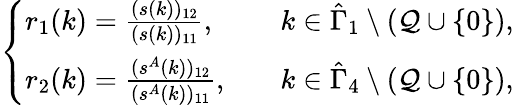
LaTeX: \begin{array}{r}{\left\{ \begin{array}{ll}{r_{1}(k)=\frac{(s(k))_{12}}{(s(k))_{11}},}&{k\in\hat{\Gamma}_{1}\setminus(\mathcal{Q}\cup\{ 0\} ),}\\ {r_{2}(k)=\frac{(s^{A}(k))_{12}}{(s^{A}(k))_{11}},\quad}&{k\in\hat{\Gamma}_{4}\setminus(\mathcal{Q}\cup\{ 0\} ),}\end{array}\right.}\end{array}